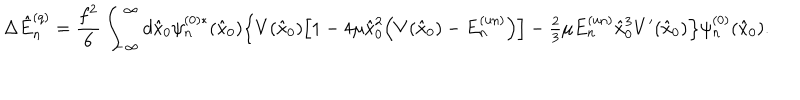
\Delta \hat { E } _ { n } ^ { ( q ) } = \frac { f ^ { 2 } } { 6 } \int _ { - \infty } ^ { \infty } d \hat { x } _ { 0 } \psi _ { n } ^ { ( 0 ) * } ( \hat { x } _ { 0 } ) \Bigl \{ V ( \hat { x } _ { 0 } ) \Bigl [ 1 - 4 \mu \hat { x } _ { 0 } ^ { 2 } \Bigl ( V ( \hat { x } _ { 0 } ) - E _ { n } ^ { \mathrm { ( u n ) } } \Bigr ) \Bigr ] - { \textstyle \frac { 2 } { 3 } } \mu E _ { n } ^ { \mathrm { ( u n ) } } \hat { x } _ { 0 } ^ { 3 } V ^ { \prime } ( \hat { x } _ { 0 } ) \Bigr \} \psi _ { n } ^ { ( 0 ) } ( \hat { x } _ { 0 } ) .